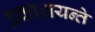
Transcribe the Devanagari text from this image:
प्रकाशयन्ते